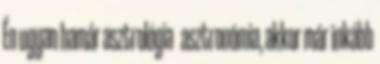
Én ugyan hamár asztrológia asztronómia, akkor már inkább